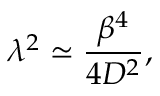
\lambda ^ { 2 } \simeq \frac { \beta ^ { 4 } } { 4 D ^ { 2 } } ,